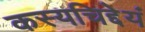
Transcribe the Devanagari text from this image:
कस्यचिद्देयं